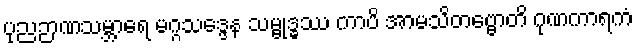
ပုညဉာဏသမ္ဘာရေ မဂ္ဂသဒ္ဒေန သမ္ဗုဒ္ဓဿ ကာပိ အာမသိတဗ္ဗောတိ ဂုဏကာရကံ